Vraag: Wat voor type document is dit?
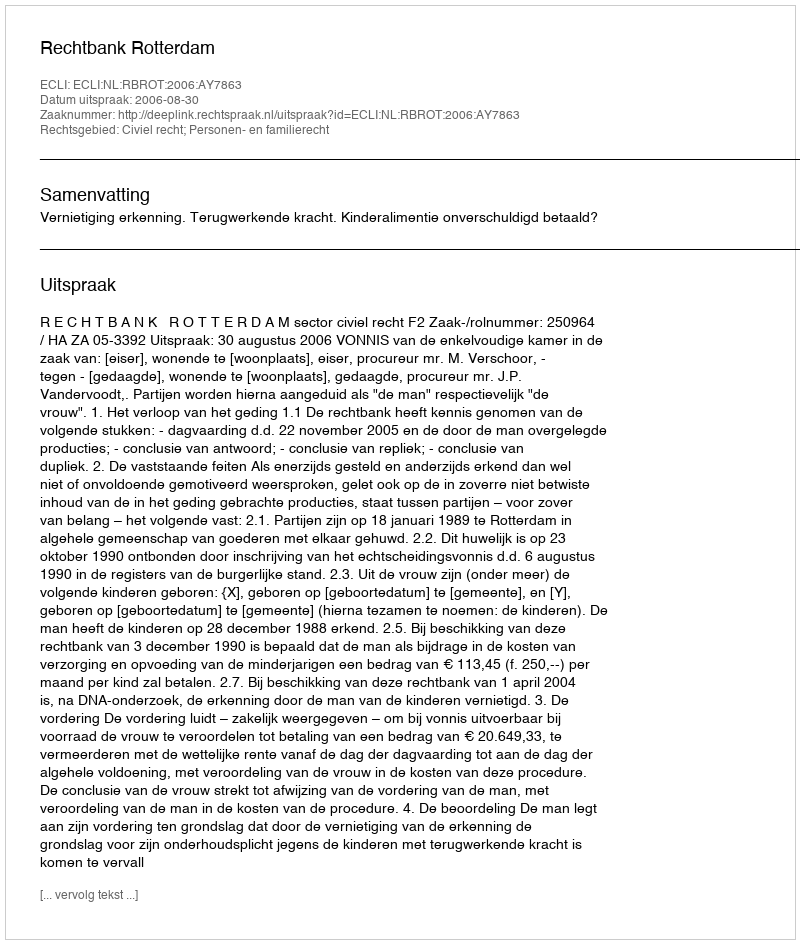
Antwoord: Uitspraak